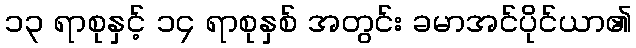
၁၃ ရာစုနှင့် ၁၄ ရာစုနှစ် အတွင်း ခမာအင်ပိုင်ယာ၏